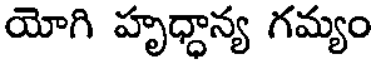
యోగి హృధ్ధాన్య గమ్యం